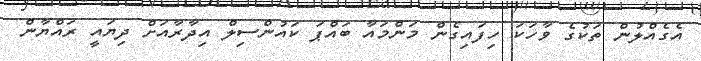
އެގެއްލުން ތަކުގެ ވާހަކަ ހިފައިގެން މަންމައާ ބައްޕަ ކައުންސިލް އިދާރާއަށް ދިޔައީ ރައްޔާން